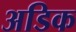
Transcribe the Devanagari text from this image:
अडिक